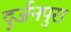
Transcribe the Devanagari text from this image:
दुर्जनपुरा